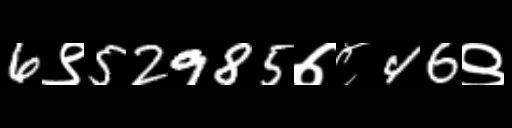
Text: 6९52985७८46९